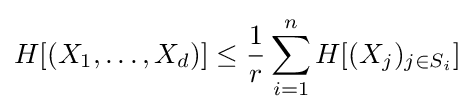
H[(X_{1},\dots ,X_{d})]\leq {\frac {1}{r}}\sum _{i=1}^{n}H[(X_{j})_{j\in S_{i}}]